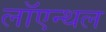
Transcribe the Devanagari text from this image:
लॉएन्थल